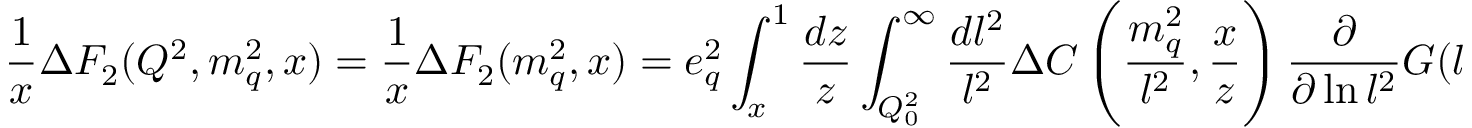
\frac { 1 } { x } \Delta F _ { 2 } ( Q ^ { 2 } , m _ { q } ^ { 2 } , x ) = \frac { 1 } { x } \Delta F _ { 2 } ( m _ { q } ^ { 2 } , x ) = e _ { q } ^ { 2 } \int _ { x } ^ { 1 } \frac { d z } { z } \int _ { Q _ { 0 } ^ { 2 } } ^ { \infty } \frac { d l ^ { 2 } } { l ^ { 2 } } \Delta C \left( \frac { m _ { q } ^ { 2 } } { l ^ { 2 } } , \frac { x } { z } \right) \frac { \partial } { \partial \ln l ^ { 2 } } G ( l ^ { 2 } , z ) ,